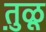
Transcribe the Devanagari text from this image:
तु़ळू